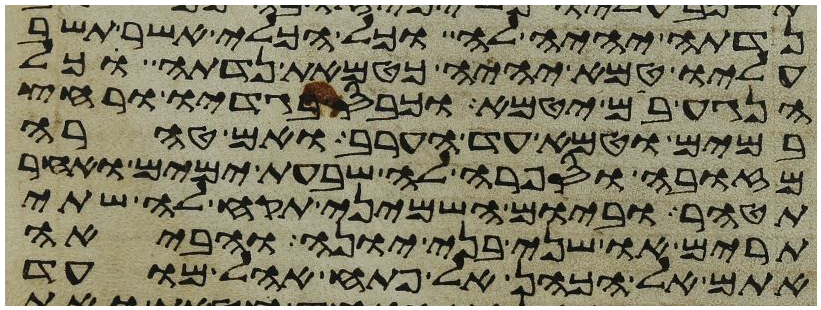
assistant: נדתה יהיה לה וכל הכלי אשר תשב
עליו טמא יהיה כטמאת נדתה כל
הנגע בם יטמא וכבס בגדיו ורחץ
במים וטמא עד הערב ואם טהרה
מזובה וספרה לה שבעת ימים ואחר
תטהר וביום השמיני תקח לה שתי
תרים או שני בני יונה והביאה
אתם אל הכהן אל פתח אהל מועד